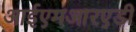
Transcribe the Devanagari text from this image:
आईएमआरएडी